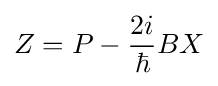
Z=P-{\frac {2i}{\hbar }}BX